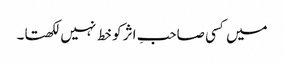
میں کسی صاحبِ اثر کو خط نہیں لکھتا۔